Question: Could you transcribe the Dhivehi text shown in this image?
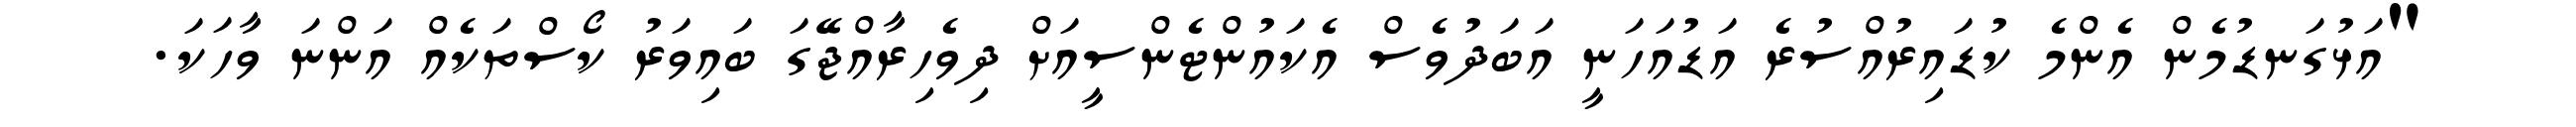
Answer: "އަޅުގަނޑުމެން އެންމެ ކުޑައިރުއްސުރެ އަޑުއަހަނީ އަބަދުވެސް އެކައުންޓެންސީއަށް ދިވެހިރާއްޖޭގަ ބައިވަރު ކޯސްތަކެއް އަންނަ ވާހަކަ.